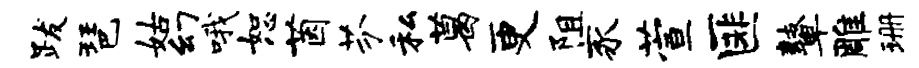
跋琶姑幻哦恕茵芬私葛更阻豕萱匪鼙雕珊